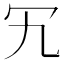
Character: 𠕴